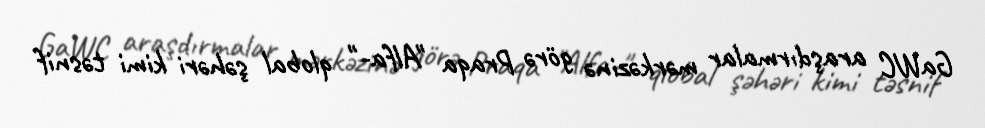
GaWC araşdırmalar mərkəzinə görə Praqa "Alfa-" qlobal şəhəri kimi təsnif